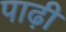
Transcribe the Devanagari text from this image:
पाढ़ी